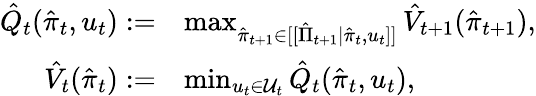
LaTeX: \begin{array}{rl}{\hat{Q}_{t}(\hat{\pi}_{t},u_{t}):=}&{\operatorname*{max}_{\hat{\pi}_{t+1}\in[[\hat{\Pi}_{t+1}|\hat{\pi}_{t},u_{t}]]}\hat{V}_{t+1}(\hat{\pi}_{t+1}),}\\ {\hat{V}_{t}(\hat{\pi}_{t}):=}&{\operatorname*{min}_{u_{t}\in\mathcal{U}_{t}}\hat{Q}_{t}(\hat{\pi}_{t},u_{t}),}\end{array}